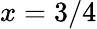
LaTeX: x=3/4